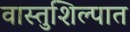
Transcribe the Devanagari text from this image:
वास्तुशिल्पात